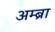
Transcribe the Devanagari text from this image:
अम्ब्रा